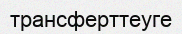
трансферттеуге